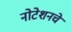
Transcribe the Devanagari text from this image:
नोटेशनचे